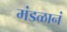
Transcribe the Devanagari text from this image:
मंडळानं